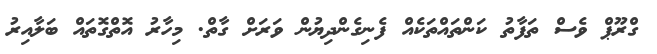
ގްރޫޕް ވެސް ތަފާތު ކަންތައްތަކެއް ފެނިގެންދިޔުން ވަރަށް ގާތް. މިހާރު އޮތްގޮތައް ބަލާއިރު